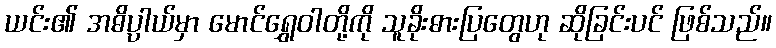
ယင်း၏ အဓိပ္ပာယ်မှာ မောင်ရွှေဝါတို့ကို သူခိုးဓားပြတွေဟု ဆိုခြင်းပင် ဖြစ်သည်။